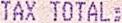
TAX TOTAL: